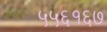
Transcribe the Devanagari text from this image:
५५६१६७